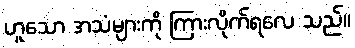
ဟူသော အသံများကို ကြားလိုက်ရလေ သည်။